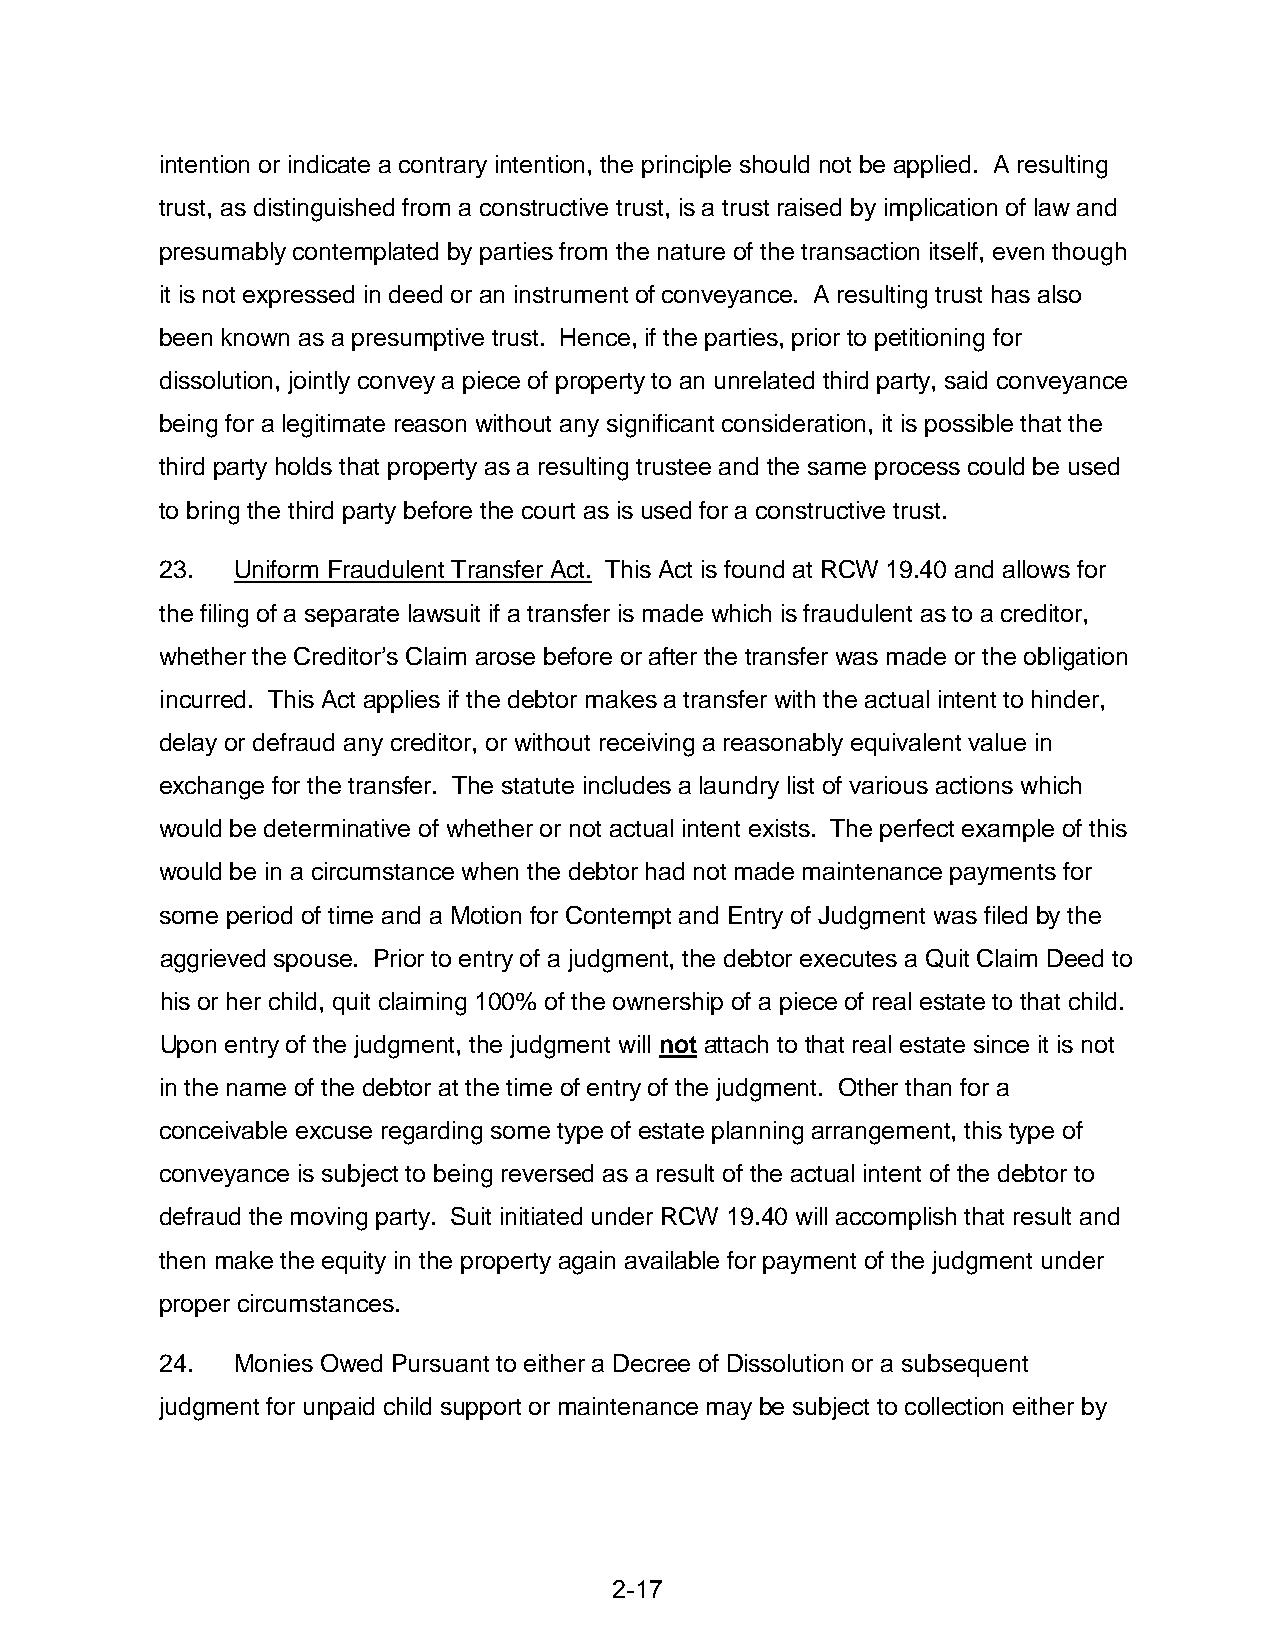
intention or indicate a contrary intention, the principle should not be applied. A resulting
 trust, as distinguished from a constructive trust, is a trust raised by implication of law and
 presumably contemplated by parties from the nature of the transaction itself, even though
 it is not expressed in deed or an instrument of conveyance. A resulting trust has also
 been known as a presumptive trust. Hence, if the parties, prior to petitioning for
 dissolution, jointly convey a piece of property to an unrelated third party, said conveyance
 being for a legitimate reason without any significant consideration, it is possible that the
 third party holds that property as a resulting trustee and the same process could be used
 to bring the third party before the court as is used for a constructive trust.
 23.  Uniform Fraudulent Transfer Act. This Act is found at RCW 19.40 and allows for
 the filing of a separate lawsuit if a transfer is made which is fraudulent as to a creditor,
 whether the Creditor’s Claim arose before or after the transfer was made or the obligation
 incurred. This Act applies if the debtor makes a transfer with the actual intent to hinder,
 delay or defraud any creditor, or without receiving a reasonably equivalent value in
 exchange for the transfer. The statute includes a laundry list of various actions which
 would be determinative of whether or not actual intent exists. The perfect example of this
 would be in a circumstance when the debtor had not made maintenance payments for
 some period of time and a Motion for Contempt and Entry of Judgment was filed by the
 aggrieved spouse. Prior to entry of a judgment, the debtor executes a Quit Claim Deed to
 his or her child, quit claiming 100% of the ownership of a piece of real estate to that child.
 Upon entry of the judgment, the judgment will not attach to that real estate since it is not
 in the name of the debtor at the time of entry of the judgment. Other than for a
 conceivable excuse regarding some type of estate planning arrangement, this type of
 conveyance is subject to being reversed as a result of the actual intent of the debtor to
 defraud the moving party. Suit initiated under RCW 19.40 will accomplish that result and
 then make the equity in the property again available for payment of the judgment under
 proper circumstances.
 24.  Monies Owed Pursuant to either a Decree of Dissolution or a subsequent
 judgment for unpaid child support or maintenance may be subject to collection either by
 2-17